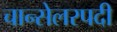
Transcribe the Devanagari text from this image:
चान्सेलरपदी